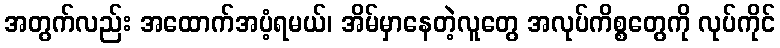
အတွက်လည်း အထောက်အပံ့ရမယ်၊ အိမ်မှာနေတဲ့လူတွေ အလုပ်ကိစ္စတွေကို လုပ်ကိုင်